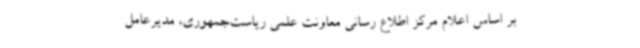
بر اساس اعلام مرکز اطلاع رسانی معاونت علمی ریاست‌جمهوری، مدیرعامل